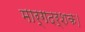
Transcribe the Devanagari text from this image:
मार्गदर्शक।